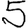
Digit: 5